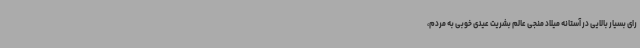
رای بسیار بالایی در آستانه میلاد منجی عالم بشریت عیدی خوبی به مردم،